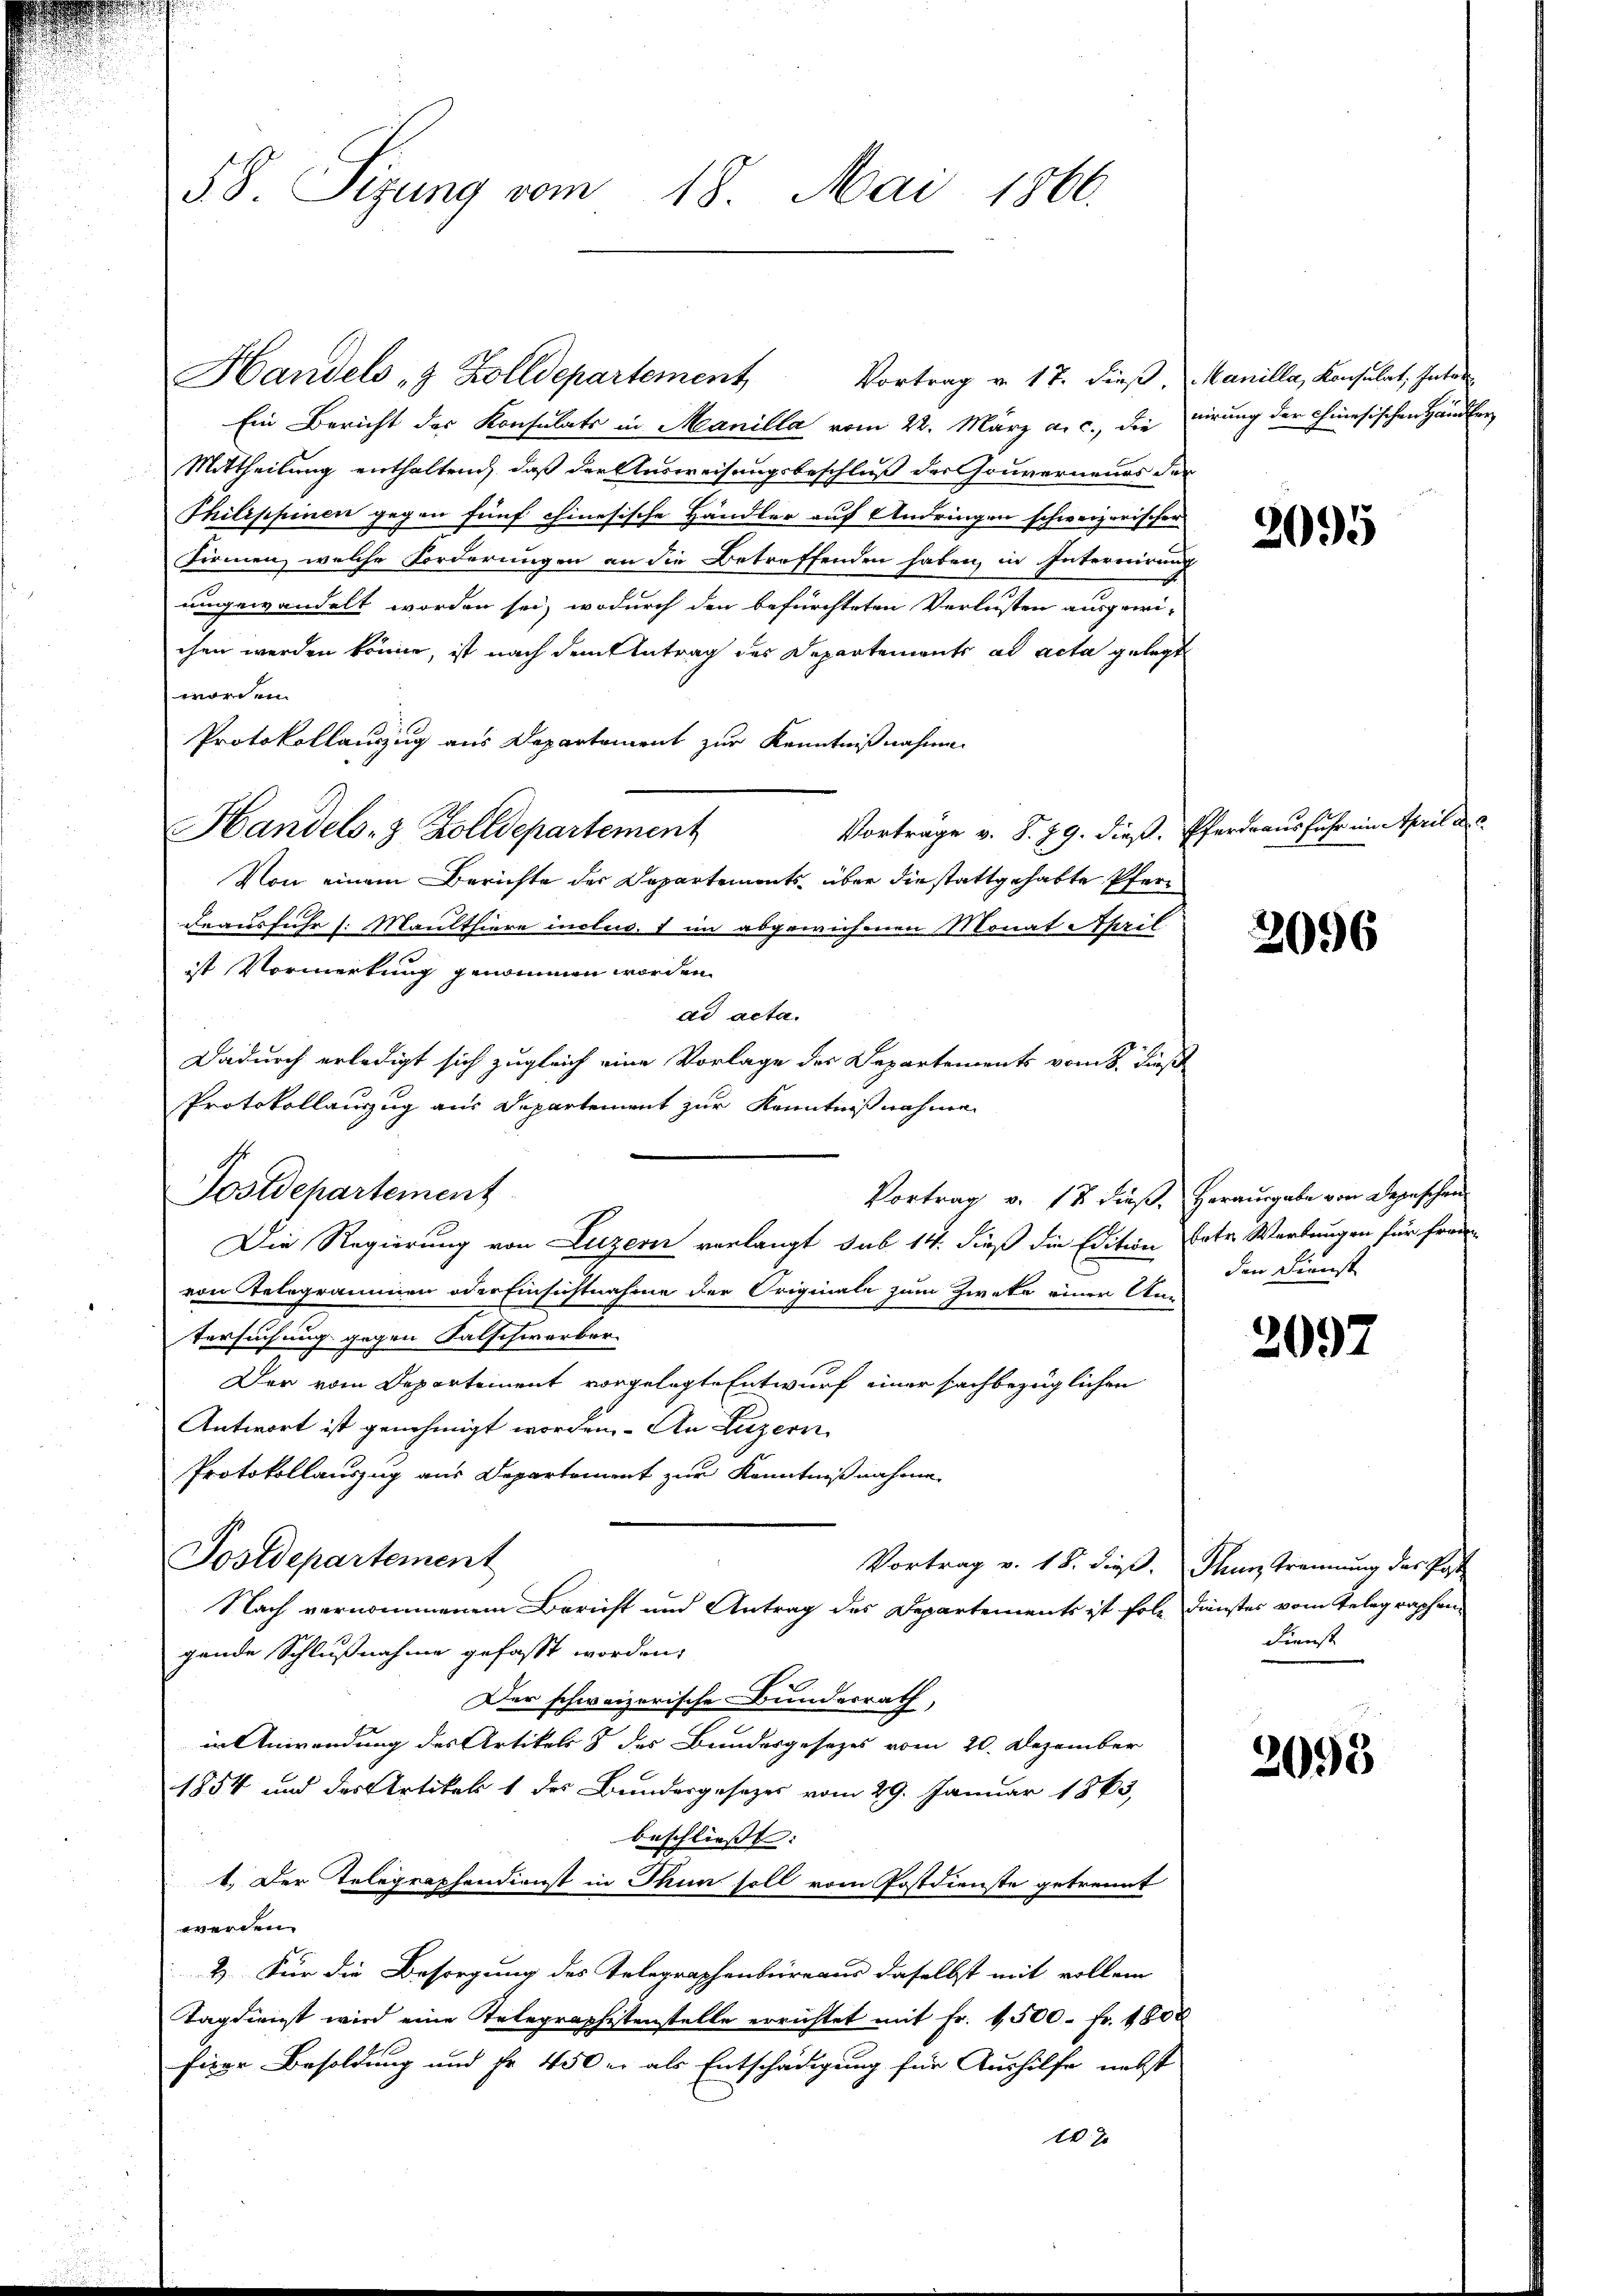
58. Sizung vom 18. Mai 1866.

Handels- & Zolldepartement
Vortrag v. 17. dieß, Manilla, Konsulat Inter
Ein Bericht der Konsulats in Manilla vom 22. März a. c., die virung der chinesischen Händler
Mittheilung enthaltend, daß der Ausweisungsbeschluß der Gouverneues der
Philippinen gegen fünf chinesische Händler auf Andringen schweizerischer
Firmen, welche Forderungen an die Betreffenden haben, in Intererirung
ungewandelt worden sei, wodurch den befürchteten Verlusten ausgewi-
chen werden könne, ist nach dem Antrag des Departements ad acta gelegt
worden.
Protokollauszug aus Departement zur Kenntnißnahme
Vorträge v. S. 79. dieß, Pferdrausfuhr in April d
Handels- & Zolldepartement
Von einem Berichte der Departements über die stattgehabte Pferdeausfuhr /: Maulthiere inclus. 1 im abgewichenen Monat April
ist Vormerkung genommen worden.
ad acta.
Dadurch erledigt sich zugleich eine Vorlage des Departements vom 8. Dies
Protokollauszug aus Departement zur Kenntnißnahmen
Postdepartement
Vortrag v. 12 dieß. Herausgabe von Depeschen
Die Regierung von Luzern verlangt sub 14. dieß die Edition vates Werbungen für Frau
von Telegrammen oder Einsichtnahme der Originale zum Zweke einer An-
tersuchung gegen Falschwerber
Der vom Departement vorgelegte Entwurf einer sachbezüglichen
Antwort ist genehmigt worden. An Luzern
Protokollauszug aus Departement zur Kenntnißnahme.
Postdepartement
Vortrag v. 18. dieß. Thun trennung des Post
Nach vernommenem Bericht und Antrag des Departements ist folg Dunstes vom Telegraphen
gende Schlußnahme gefasst worden,
Der schweizerische Bundesrath,
in Anwendung des Artikels & des Bundesgesetzes vom 20. Dezember
1854 und des Artikel 1 des Bundergesetzes vom 29. Januar 1863
beschließt:
1.) Der Telegraphendienst in Thun soll vom Postdienste getrennt
werden.
&. Für die Besorgung des Telegraphenbureaus daselbst mit vollem
Tagdienst wird eine Telegraphistenstelle errichtet mit Fr. 1500. fr. 1800
fige Besoldung und Fr. 450 er als Entschädigung für Aushilfe nebst
 12 x

2095

2096

den Dienst

2097

Dienst

2093